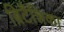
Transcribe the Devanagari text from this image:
ब्रिटैन्निका